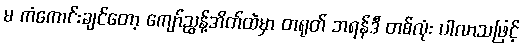
မ ကံကောင်းချင်တော့ ကျော်ညွန့်အိတ်ထဲမှာ တရုတ် ဘရန်ဒီ တစ်လုံး ပါလာသဖြင့်